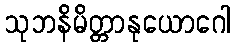
သုဘနိမိတ္တာနုယောဂေါ